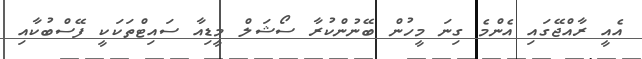
އެއީ ރާއްޖޭގައި އެންމެ ގިނަ މީހުން ބޭނުންކުރާ ސޯޝަލް މީޑިއާ ސައިޓްތަކަކީ ފޭސްބުކާއި